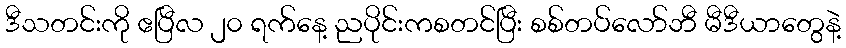
ဒီသတင်းကို ဧပြီလ ၂၀ ရက်နေ့ ညပိုင်းကစတင်ပြီး စစ်တပ်လော်ဘီ မီဒီယာတွေနဲ့